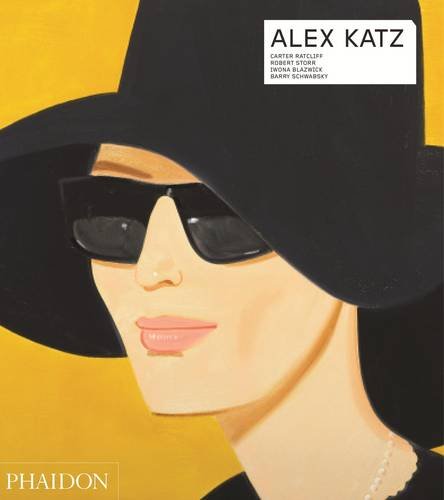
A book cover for Alex Katz: Revised and Expanded Edition; Arts & Photography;